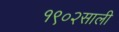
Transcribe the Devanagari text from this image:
१९०२साली